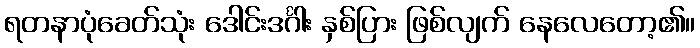
ရတနာပုံခေတ်သုံး ဒေါင်းဒင်္ဂါး နှစ်ပြား ဖြစ်လျက် နေလေတော့၏။